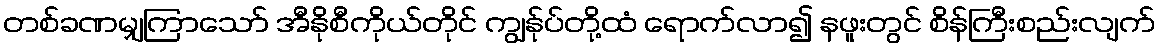
တစ်ခဏမျှကြာသော် အီနိုစီကိုယ်တိုင် ကျွန်ုပ်တို့ထံ ရောက်လာ၍ နဖူးတွင် စိန်ကြီးစည်းလျက်